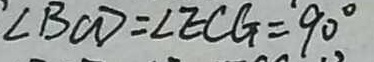
\angle B C D = \angle E C G = 9 0 ^ { \circ }